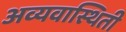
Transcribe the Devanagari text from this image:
अव्यवास्थिती